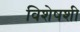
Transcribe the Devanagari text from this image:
विशेषशी